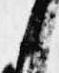
候